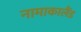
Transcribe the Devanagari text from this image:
नामाकालैंड